Medical and sanitary report of the native army of Bengal for the year
Year: 1877
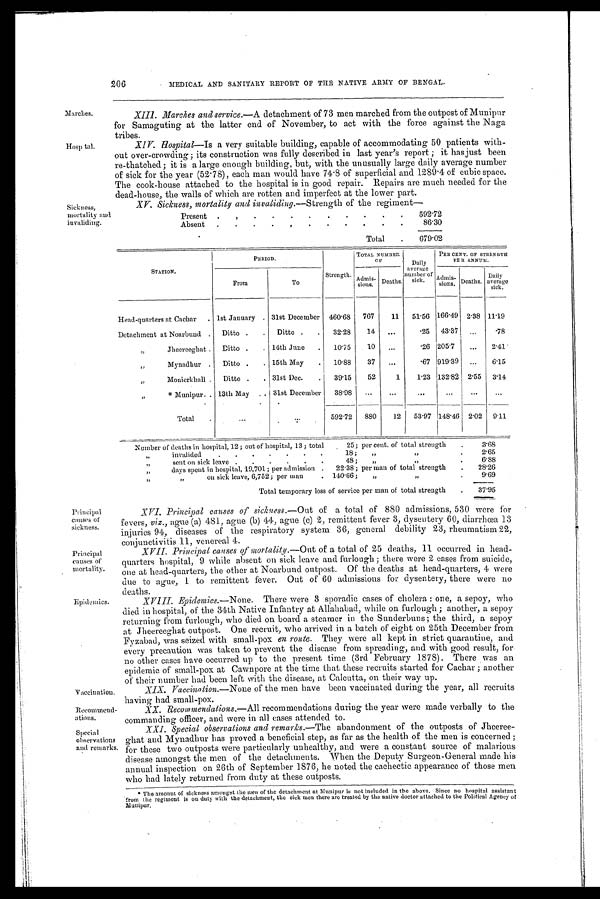
Principal
causes of
sickness.
Principal
causes of
mortality.
Vaccination.
Recommend-
ations.
Special
observations
and remarks.
Marches.
Hospital.
Sick nese,
mortality and
invaliding.
XIII. Marches and service.—A detachment of 73 men marched from the outpost of Munipur
for Samaguting at the latter end of November, to act with the force against the Naga
tribes.
XIV. Hospital— Is a very suitable building, capable of accommodating 50 patients with-
out over-crowding; its construction was fully described in last year's report; it has just been
re-thatched; it is a large enough building, but, with the unusually large daily average number
of sick for the year (52.78), each man would have 74.8 of superficial and 1289.4 of cubic space.
The cook-house attached to the hospital is in good repair. Repairs are much needed for the
dead-house, the walls of which are rotten and imperfect at the lower part.
XV. Sickness, mortality and invaliding.— Strength of the regiment
—
Present .
. .
.
.
.
.
.
.
.
.
592.72
Absent
.
.
.
.
.
.
.
.
.
.
.
86.30
Total
.
679.02
STATION.
PERIOD.
Strength.
TOTAL NUMBER
O F
Daily
average
number of
sick.
PER CENT . OF STRENGTH
PER ANNUM.
From
To
Admis-
sions. Deaths.
Admis-
sions. Death s.
Daily
average
sick.
Head-quarters at Cachar
. 1st January . 31st December
.
460.68
767
11
51.56 166.49 2.38 11.19
Detachment at Noarbund .
Ditto .
.
Ditto .
.
32.28
14
. . .
25
43.37
. . .
.78
„
Jheereeghat .
Ditto .
. 14th June
.
10.75
10
...
.26 205.7
...
2.41
„
Mynadhur .
Ditto .
. 15th May
.
10.88
37
. . .
.67 919.39
. . .
6.15
„
Monierkhall .
Ditto .
. 31st Dec .. . 39.15
52
1
1.23 132.82 2.55
3.14
„
* Munipur . 13th May .. . 31st December . 38.98
...
...
...
...
. . .
. . .
Total
. . .
. . .
592.72
880
12
53.97 148.46 2.02
9.11
Number of deaths in hospital, 12 ; out of hospital, 13; total
25; per cent. of total strength
.
3.68
„
invalided
.
.
.
.
.
•
.
18 ;
,, ,,
.
2.65
,,
sent on sick leave .
.
.
.
.
.
48 ;
,,
„
.
6.88
„
days spent in hospital, 19,701; per admission .
22.38; per man of total strength
.
28.26
,, ,,
on sick leave, 6,752 ; per man
. 140.66 ;
„
,,
.
9.69
Total temporary loss of service per man of total strength
.
37.95
Epidemics.
XVI. Principal causes of sickness.— Out of a total of 880 admissions, 530 were for
fevers, viz., ague (a) 481, ague (b) 44, ague (c) 2, remittent fever 3, dysentery 60, diarrhœa 13
injuries 94, diseases of the respiratory system 36, general debility 23, rheumatism 22,
on j unctivitis 11, venereal 4.
XVII. Principal causes of mortality.— Out of a total of 25 deaths, 11 occurred in head-
quarters hospital, 9 while absent on sick leave and furlough; there were 2 cases from suicide,
one at head-quarters, the other at Noarbund outpost. of the deaths at head-quarters, 4 were
due to ague, 1 to remittent fever. Out of 60 admissions for dysentery, there were no
deaths.
XVIII.
Epidemics.—None . There were 3 sporadic cases of cholera : one, a sepoy, who
died in hospital, of the 34th Native Infantry at Allahabad, while on furlough; another, a sepoy
returning from furlough, who died on board a steamer in the Sunderbuns; the third, a sepoy
a t J h e e r e e g h a t o u t p o s t . O n e r e c r u i t , w h o a r r i v e d i n a b a t c h o f e i g h t o n 2 5 t h D e c e m b e r f r o m
Fyzabad, was seized with small-pox en route. They were all kept in strict quarantine, and
every precaution was taken to prevent the disease from spreading, and with good result, for
no other cases have occurred up to the present time (3rd February 1878). There was an
epidemic of small-pox at Cawnpore at the time that these recruits started for Cachar; another
of their number had been left with the disease, at Calcutta, on their way up.
XIX.
Vaccination.—None of the men have been vaccinated during the year, all recruits
having had. small-pox.
XX.
Recommendations.—All recommendations during the year were made verbally to the
commanding officer, and were in all cases attended to.
XXI. Special observations and remarks.—The abandonment of the outposts of Jheeree-
ghat and Mynadhur has proved a beneficial step, as far as the health of the men is concerned;
for these two outposts were particularly unhealthy, and were a constant source of malarious
disease amongst the men of the detachments. When the Deputy Surgeon-General made his
annual inspection on 26th of September 1876, he noted the cachectic appearance of those men
who had lately returned from duty at these outposts.
*The amount of sickness amongst the men of the detachment at Munipur is not included in the above. Since no hospital assistant
from the regiment is on duty with the detachment, the sick men there are treated by the native doctor attached to the Political Agency of
Manipur.